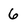
Character: 6